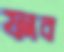
ফাব